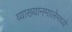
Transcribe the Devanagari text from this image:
व्याख्यानमालेमध्ये